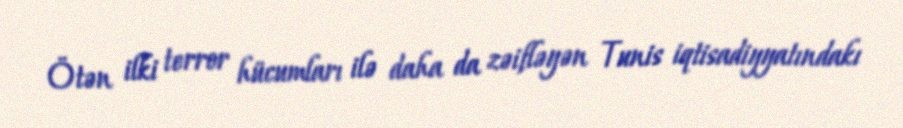
Ötən ilki terror hücumları ilə daha da zəifləyən Tunis iqtisadiyyatındakı